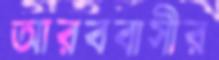
আরববাসীর